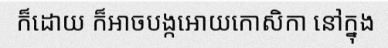
ក៏ដោយ ក៏អាចបង្កអោយកោសិកា នៅក្នុង